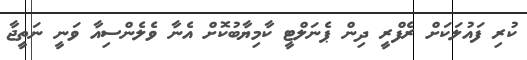
ކުރި ފައުލަކަށް ރެފްރީ ދިން ޕެނަލްޓީ ކާމިޔާބުކޮށް އެނާ ވެލެންސިއާ ވަނީ ނަތީޖާ